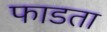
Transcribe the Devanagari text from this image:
फाडता